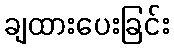
ချထားပေးခြင်း